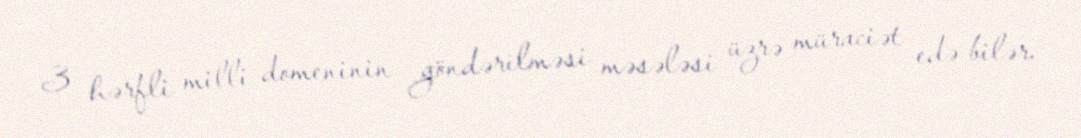
3 hərfli milli domeninin göndərilməsi məsələsi üzrə müraciət edə bilər.